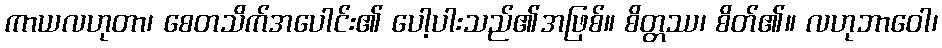
ကာယလဟုတာ၊ စေတသိက်အပေါင်း၏ ပေါ့ပါးသည်၏အဖြစ်။ စိတ္တဿ၊ စိတ်၏။ လဟုဘာဝေါ၊